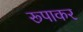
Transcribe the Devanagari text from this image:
रूपाकर